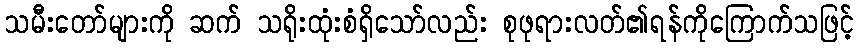
သမီးတော်များကို ဆက် သရိုးထုံးစံရှိသော်လည်း စုဖုရားလတ်၏ရန်ကိုကြောက်သဖြင့်